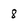
Character: 8